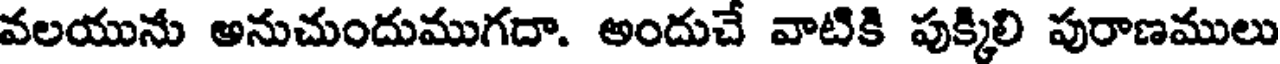
వలయును అనుచుందుముగదా. అందుచే వాటికి పుక్కిలి పురాణములు